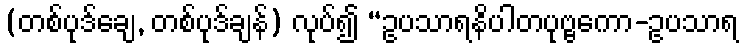
(တစ်ပုဒ်ချေ, တစ်ပုဒ်ချန်) လုပ်၍ “ဥပသာရနိပါတပုဗ္ဗကော-ဥပသာရ